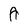
Character: A